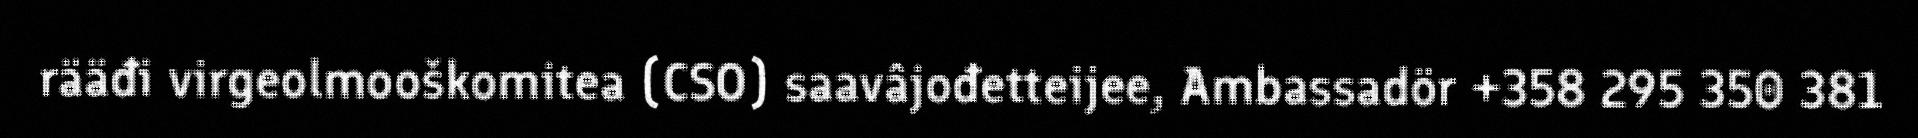
rääđi virgeolmooškomitea (CSO) saavâjođetteijee, Ambassadör +358 295 350 381